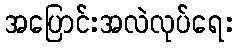
အပြောင်းအလဲလုပ်ရေး